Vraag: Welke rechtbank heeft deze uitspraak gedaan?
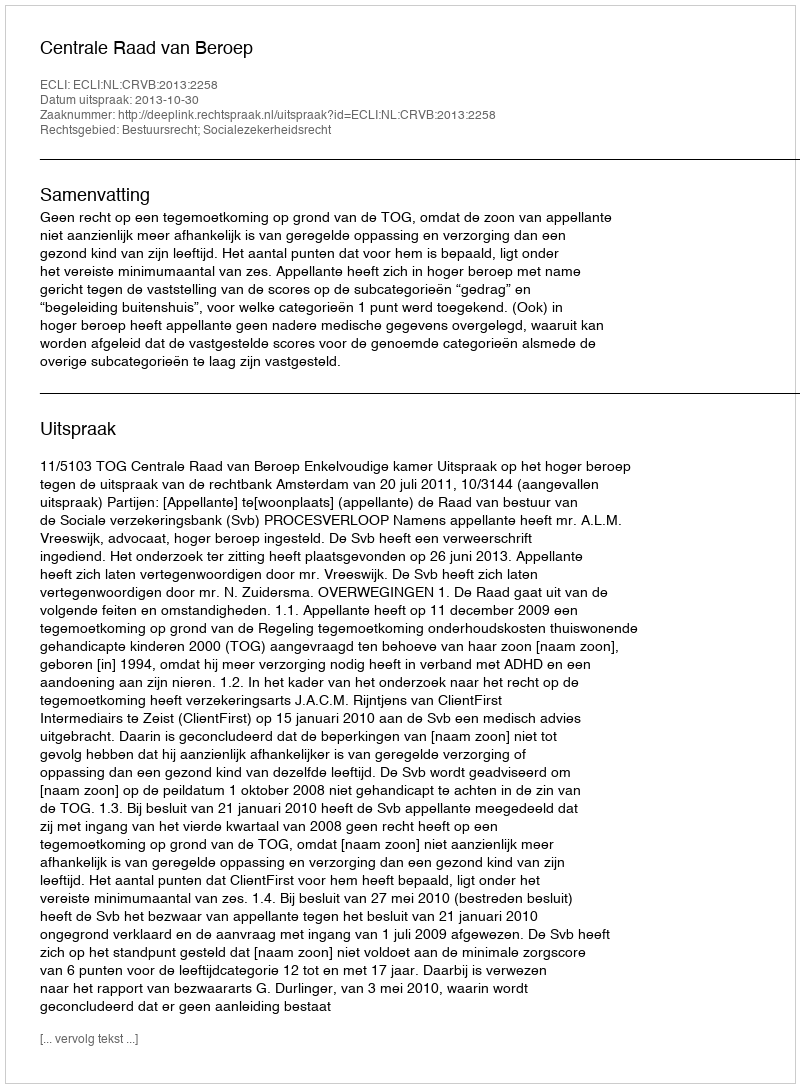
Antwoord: Centrale Raad van Beroep